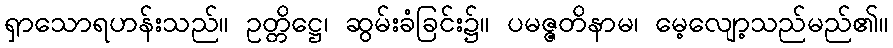
ရှာသောရဟန်းသည်။ ဥတ္တိဋ္ဌေ၊ ဆွမ်းခံခြင်း၌။ ပမဇ္ဇတိနာမ၊ မေ့လျော့သည်မည်၏။